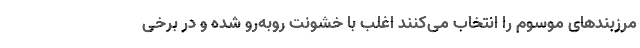
مرزبندهای موسوم را انتخاب می‌کنند اغلب با خشونت روبه‌رو شده و در برخی